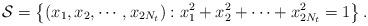
LaTeX: \begin{align*}\mathcal{S}=\left\{(x_1,x_2,\cdots,x_{2N_t}):x_1^2+x_2^2+\cdots+x_{2N_t}^2=1\right\}.\end{align*}